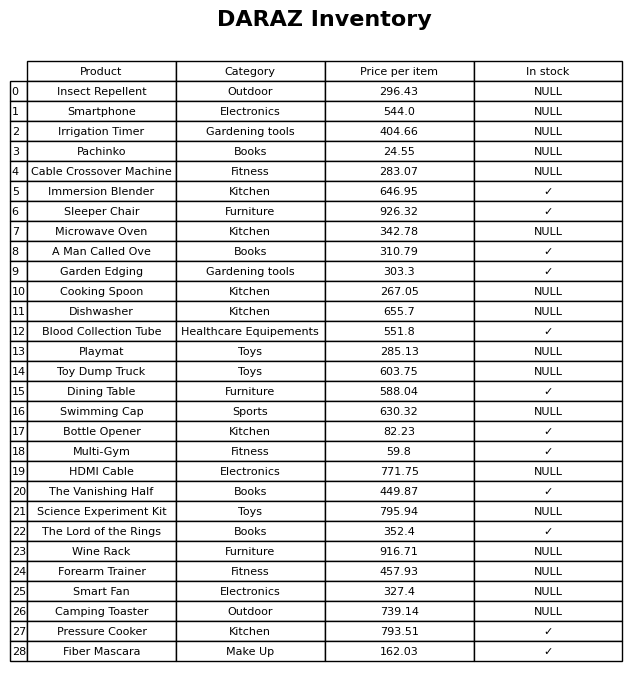
question: Is the Insect Repellent in stock?
answer: NULL